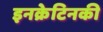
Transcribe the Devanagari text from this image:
इनक्रेटिनकी